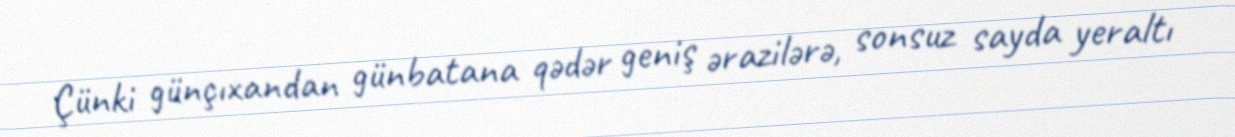
Çünki günçıxandan günbatana qədər geniş ərazilərə, sonsuz sayda yeraltı